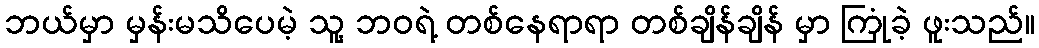
ဘယ်မှာ မှန်းမသိပေမဲ့ သူ့ ဘဝရဲ့ တစ်နေရာရာ တစ်ချိန်ချိန် မှာ ကြုံခဲ့ ဖူးသည်။